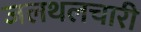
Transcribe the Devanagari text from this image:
जलथलचारी